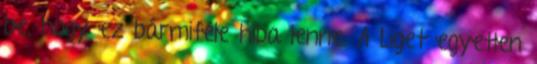
be, hogy ez bármiféle hiba lenne. A Liget egyetlen